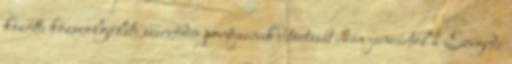
közötti közszolgálati szerződés pontjainak betartását idén januártól a Szegedi